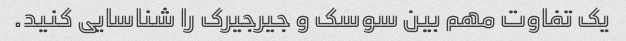
یک تفاوت مهم بین سوسک و جیرجیرک را شناسایی کنید.